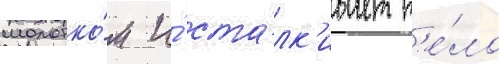
молотко́м и́ ста́лк'ивает т'е́ло